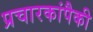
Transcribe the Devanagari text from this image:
प्रचारकांपैकी